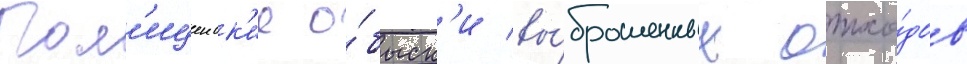
Пол'ицеиск'ие о́быск'и вы́брошенных отхо́дов